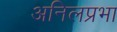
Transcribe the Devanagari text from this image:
अनिलप्रभा